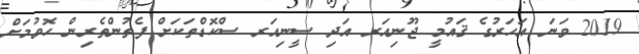
2019 ވަނަ އަހަރުގެ ޤައުމީ ޖޫނިއަރ އަދި ސީނިއަރ ސްކޮޑްތަކަށް ފެތުންތެރިން ހޮވުމަށް